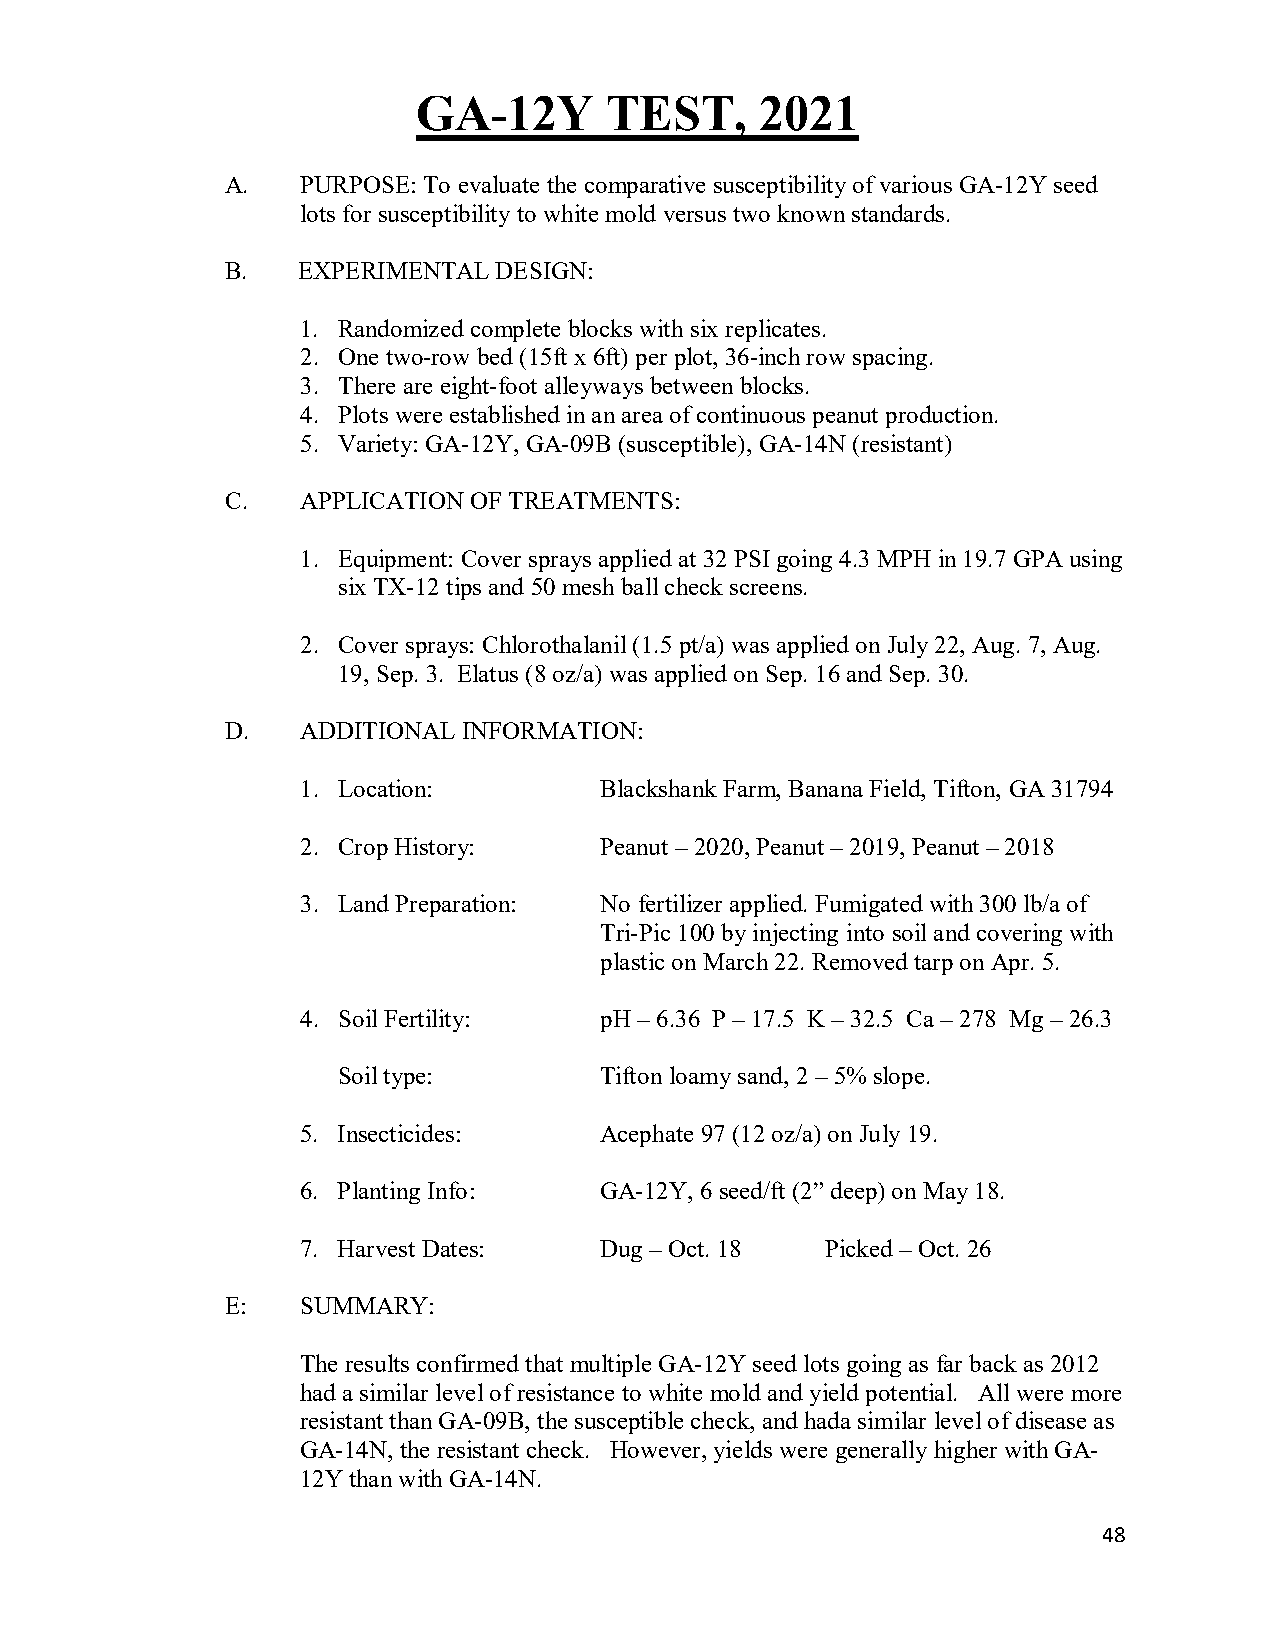
GA-12Y      TEST,     2021
 A.   PURPOSE: To evaluate the comparative susceptibility of various GA-12Y seed
 lots for susceptibility to white mold versus two known standards.
 B.   EXPERIMENTAL DESIGN:
 1. Randomized complete blocks with six replicates.
 2. One two-row bed (15ft x 6ft) per plot, 36-inch row spacing.
 3. There are eight-foot alleyways between blocks.
 4. Plots were established in an area of continuous peanut production.
 5. Variety: GA-12Y, GA-09B (susceptible), GA-14N (resistant)
 C.   APPLICATION OF TREATMENTS:
 1. Equipment: Cover sprays applied at 32 PSI going 4.3 MPH in 19.7 GPA using
 six TX-12 tips and 50 mesh ball check screens.
 2. Cover sprays: Chlorothalanil (1.5 pt/a) was applied on July 22, Aug. 7, Aug.
 19, Sep. 3. Elatus (8 oz/a) was applied on Sep. 16 and Sep. 30.
 D.   ADDITIONAL INFORMATION:
 1. Location:        Blackshank Farm, Banana Field, Tifton, GA 31794
 2. Crop History:    Peanut – 2020, Peanut – 2019, Peanut – 2018
 3. Land Preparation: No fertilizer applied. Fumigated with 300 lb/a of
 Tri-Pic 100 by injecting into soil and covering with
 plastic on March 22. Removed tarp on Apr. 5.
 4. Soil Fertility:  pH – 6.36 P – 17.5 K – 32.5 Ca – 278 Mg – 26.3
 Soil type:        Tifton loamy sand, 2 – 5% slope.
 5. Insecticides:    Acephate 97 (12 oz/a) on July 19.
 6. Planting Info:   GA-12Y, 6 seed/ft (2” deep) on May 18.
 7. Harvest Dates:   Dug – Oct. 18  Picked – Oct. 26
 E:   SUMMARY:
 The results confirmed that multiple GA-12Y seed lots going as far back as 2012
 had a similar level of resistance to white mold and yield potential. All were more
 resistant than GA-09B, the susceptible check, and hada similar level of disease as
 GA-14N, the resistant check. However, yields were generally higher with GA-
 12Y than with GA-14N.
 48